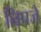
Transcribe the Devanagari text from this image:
निपजे